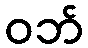
ဝဘ်